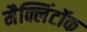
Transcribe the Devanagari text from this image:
मैक्लिंटॉक